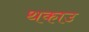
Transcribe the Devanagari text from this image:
थकाउ